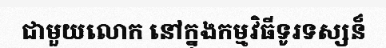
ជាមួយលោក នៅក្នុងកម្មវិធីទូរទស្សន៏